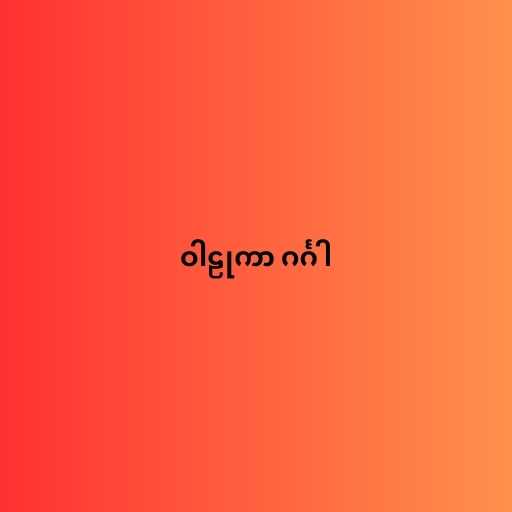
ဝါဠုကာ ဂင်္ဂါ